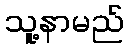
သူ့နာမည်